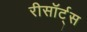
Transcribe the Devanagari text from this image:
रीसॉर्ट्स